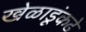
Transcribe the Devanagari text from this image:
खेळाडूंकढे